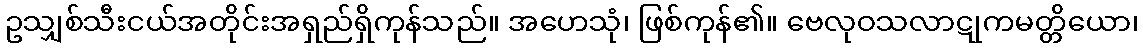
ဥသျှစ်သီးငယ်အတိုင်းအရှည်ရှိကုန်သည်။ အဟေသုံ၊ ဖြစ်ကုန်၏။ ဗေလုဝသလာဋုကမတ္တိယော၊